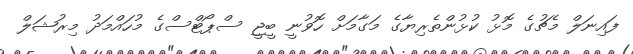
ފައިނަލް މެޗުގެ މޮޅު ކުޅުންތެރިޔާގެ މަގާމަށް ހޮވުނީ ބީޖީ ސްޕޯޓްސްގެ މުހައްމަދު މިރުޝަލް